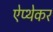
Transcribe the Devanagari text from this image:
ऐप्थेकर